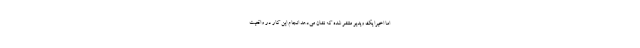
اما اخیرا یک ویدیو منتشر شده که نشان می‌دهد انجام این کار در واقعیت